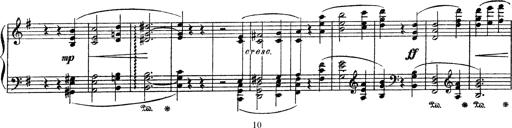
Title: AnnÃ©es de PÃ¨lerinage III
Composer: Franz Liszt